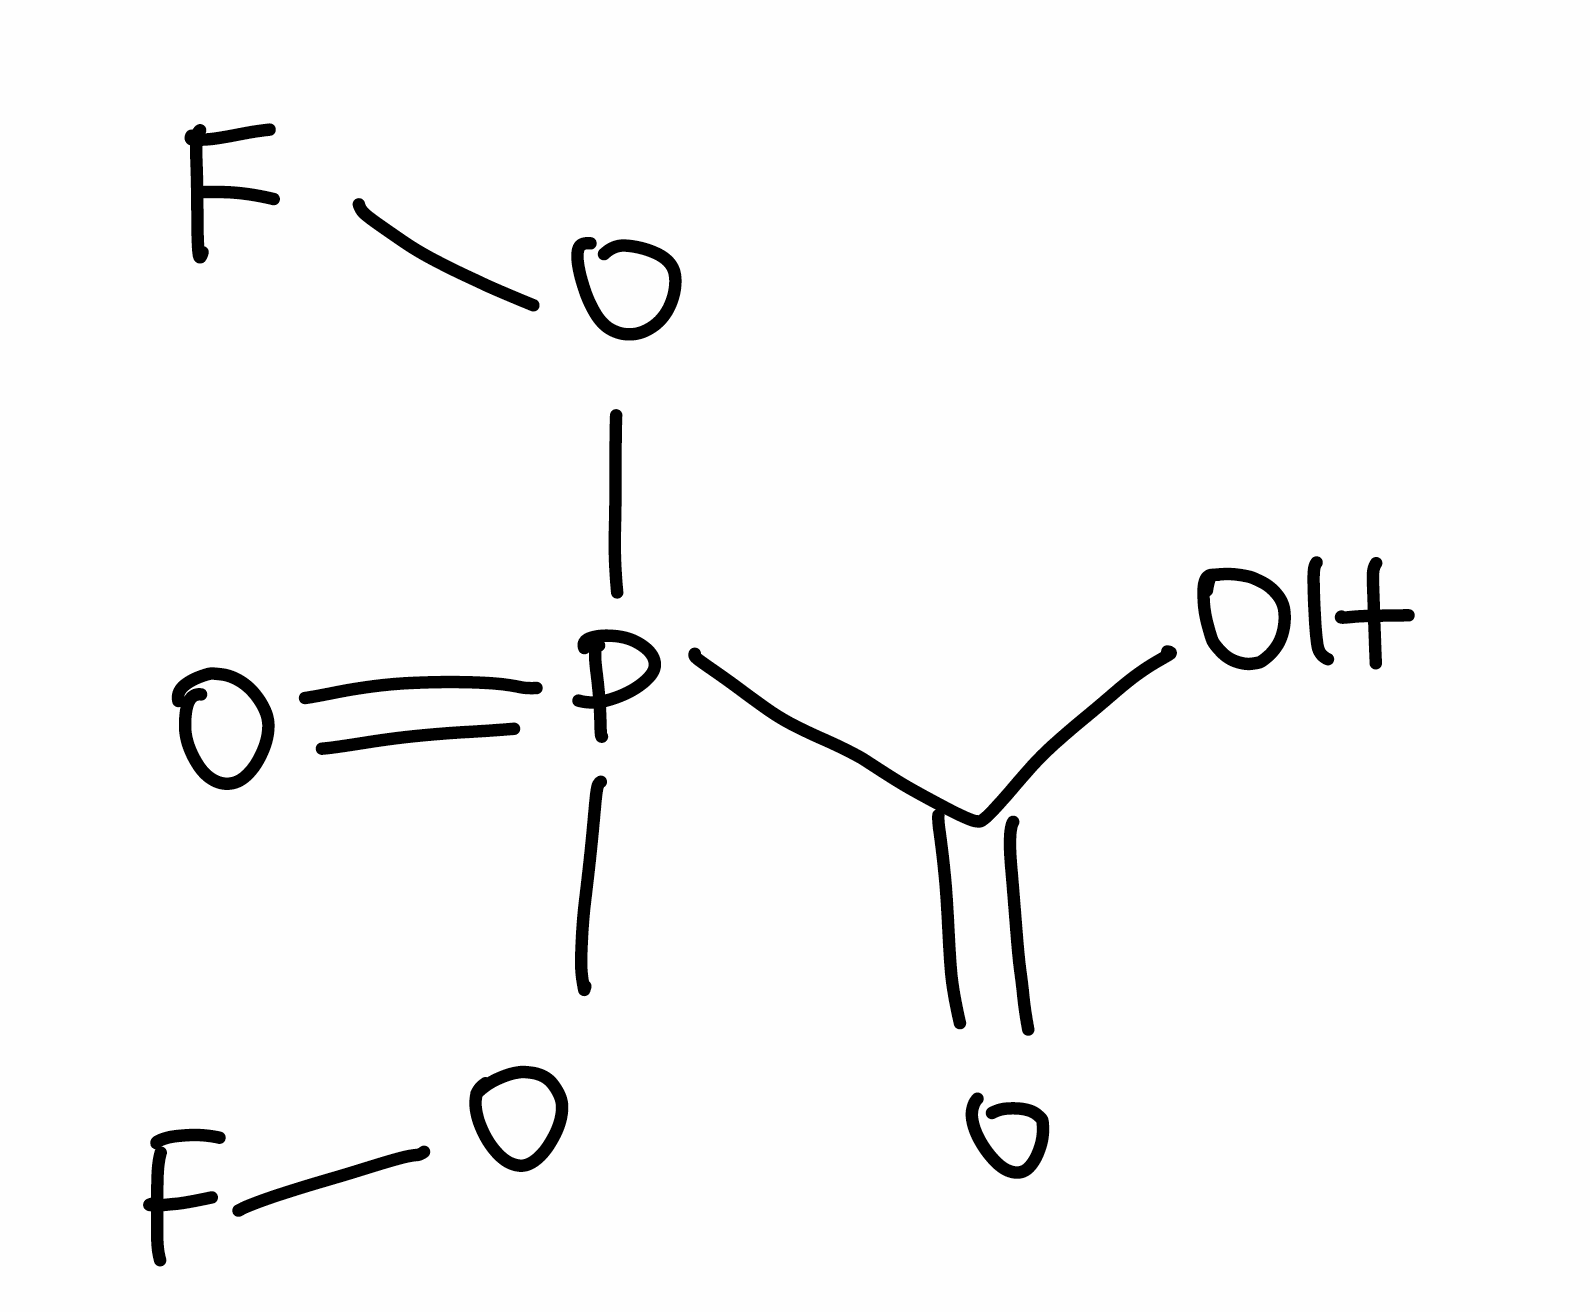
Simplified molecular-input line-entry system (SMILES) notation of the given molecule:
C(=O)(O)P(=O)(OF)OF